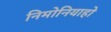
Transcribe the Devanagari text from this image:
निमोनियाहो